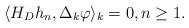
LaTeX: \begin{align*}\langle H_Dh_n, \Delta_k\varphi\rangle_k = 0,n\geq 1.\end{align*}